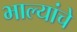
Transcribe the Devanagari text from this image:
भाल्यांचे